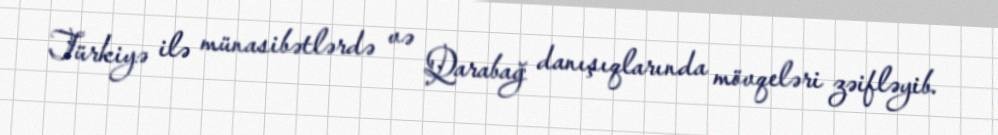
Türkiyə ilə münasibətlərdə və Qarabağ danışıqlarında mövqeləri zəifləyib.